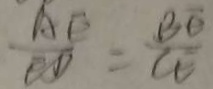
\frac { A E } { E D } = \frac { B E } { C E }